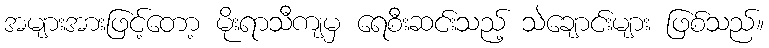
အများအားဖြင့်တော့ မိုးရာသီကျမှ ရေစီးဆင်းသည့် သဲချောင်းများ ဖြစ်သည်။